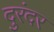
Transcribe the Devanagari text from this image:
दुरंदर